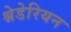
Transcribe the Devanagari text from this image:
श्नेडेरियन